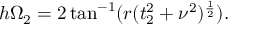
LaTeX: h \Omega _ { 2 } = 2 \tan ^ { - 1 } ( r ( t _ { 2 } ^ { 2 } + \nu ^ { 2 } ) ^ { \frac { 1 } { 2 } } ) .